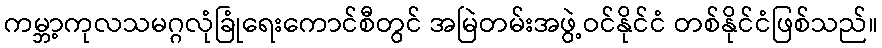
ကမ္ဘာ့ကုလသမဂ္ဂလုံခြုံရေးကောင်စီတွင် အမြဲတမ်းအဖွဲ့ဝင်နိုင်ငံ တစ်နိုင်ငံဖြစ်သည်။